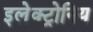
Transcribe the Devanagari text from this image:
इलेक्ट्रोनिय